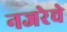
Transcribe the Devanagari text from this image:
नजरेचे